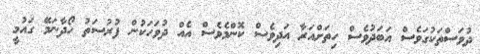
ދުވަސްތަކުގަވެސް އަބަދުވެސް ހިތަށްއަރާ އަދިވެސް ކޮންމެވެސް އެއް ދުވަހަކުން ފުރުސަތު ހޯދާނަމޭ ގައުމީ